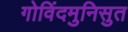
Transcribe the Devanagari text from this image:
गोविंदमुनिसुत